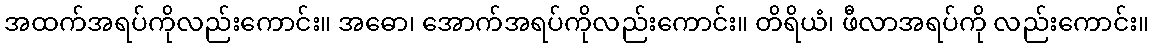
အထက်အရပ်ကိုလည်းကောင်း။ အဓော၊ အောက်အရပ်ကိုလည်းကောင်း။ တိရိယံ၊ ဖီလာအရပ်ကို လည်းကောင်း။